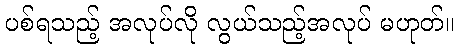
ပစ်ရသည့် အလုပ်လို လွယ်သည့်အလုပ် မဟုတ်။